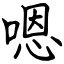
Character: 嗯